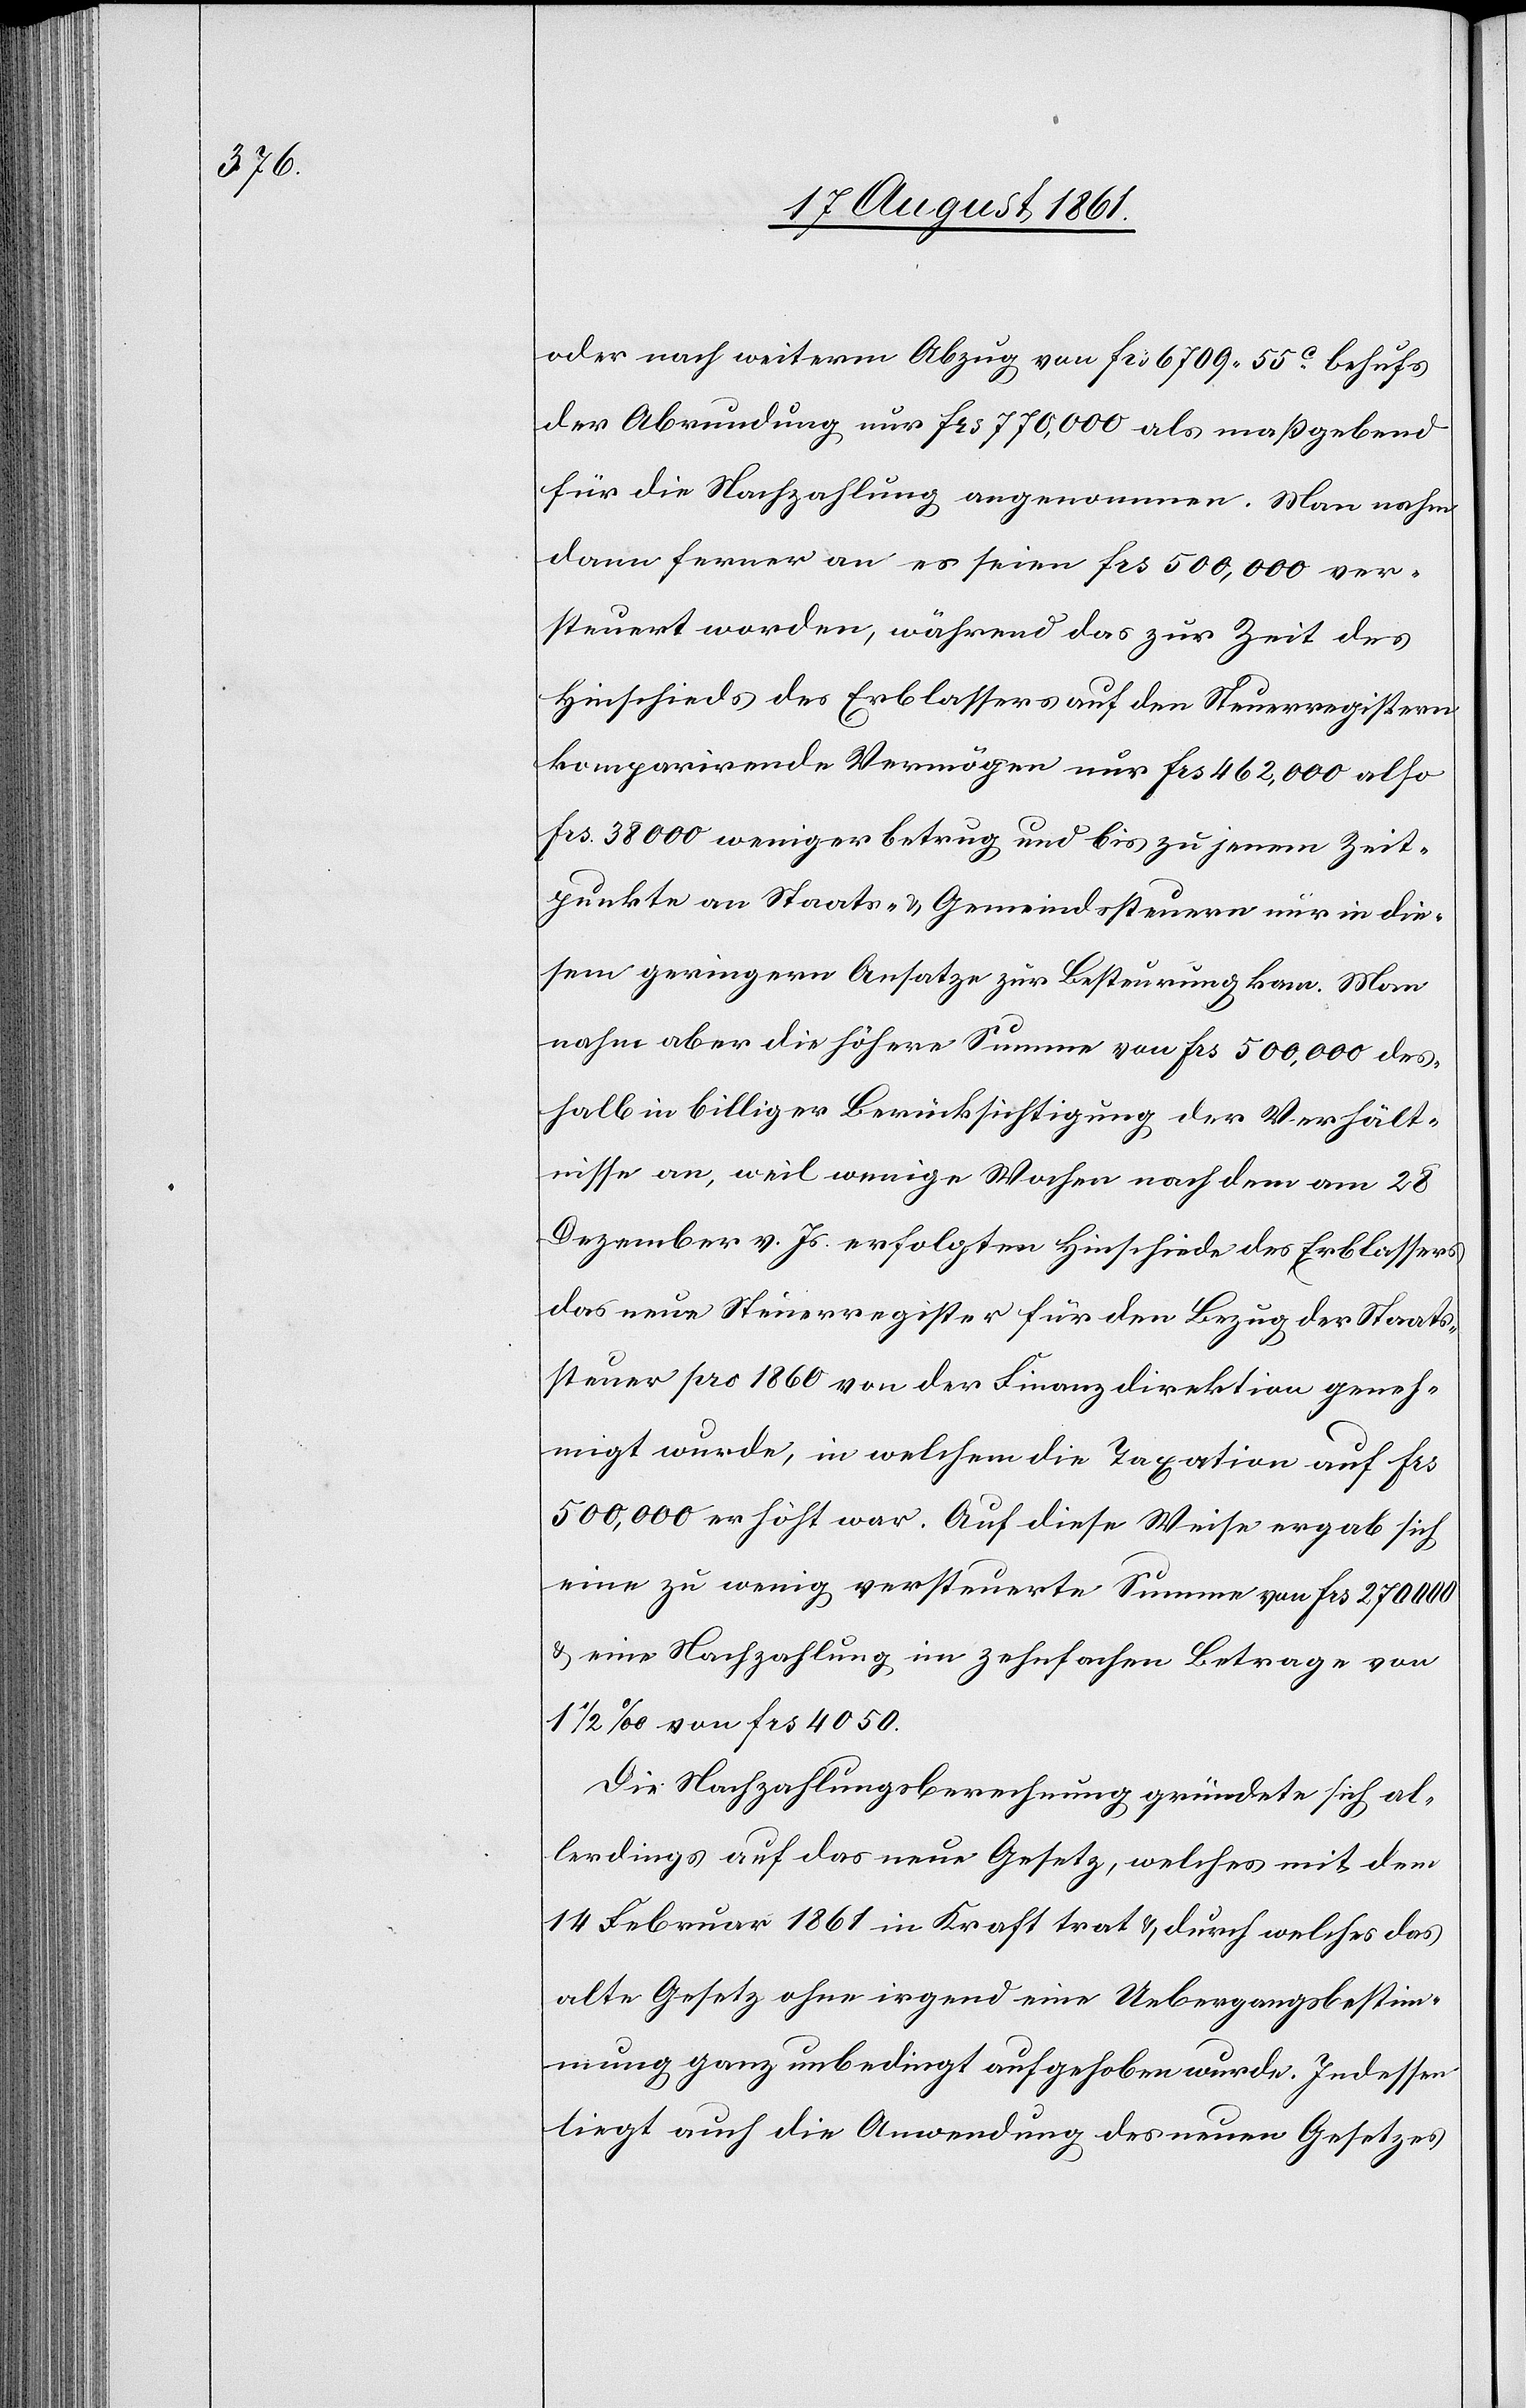
oder nach weiterm Abzug von frs 6709.55c behufs
der Abrundung nur frs 770,000 als maßgebend
für die Nachzahlung angenommen. Man nehme
dann ferner an es seien frs 500,000 ver¬
steuert worden, während das zur Zeit des
Hinschieds des Erblassers auf den Steuerregistern
komparirende Vermögen nur frs 462,000 also
frs 38000 weniger betrug und bis zu jenem Zeit¬
punkte an Staats- u. Gemeindssteuern nur in die¬
sem geringern Ansatze zur Besteuerung kam. Man
nahm aber die höhere Summe von frs 500,000 des¬
halb in billiger Berücksichtigung der Verhält¬
nisse an, weil wenige Wochen nach dem am 28
Dezember v. Js. erfolgten Hinschiede des Erblassers
das neue Steuerregister für den Bezug der Staats¬
steuer pro 1860 von der Finanzdirektion geneh¬
migt wurde, in welchem die Taxation auf frs
500,000 erhöht war. Auf diese Weise ergab sich
eine zu wenig versteuerte Summe von frs 270000
u. eine Nachzahlung im zehnfachen Betrage von
1 1/2 ‰ von frs 4050.
Die Nachzahlungsberechnung gründete sich al¬
lerdings auf das neue Gesetz, welche mit dem
14 Februar 1861 in Kraft trat u. durch welches das
alte Gesetz ohne irgend eine Uebergangsbestim¬
mung ganz unbedingt aufgehoben wurde. Indessen
liegt auch die Anwendung des neuen Gesetzes